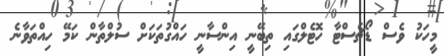
މީހަކު ވެސް ޑޯޗެސްޓާ ހޮޓެލްގައި ތިބޭނީ އިންސާނީ ހައްގުތަކަށް ސުލްތާން ކަމޭ ހިއްތަވާނެ